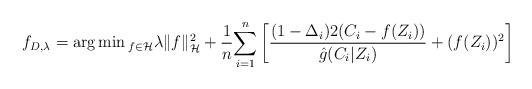
LaTeX: \begin{align*}f_{D,\lambda}=\arg\min{}_{f\in\mathcal{H}}\lambda\|f\|_{\mathcal{H}}^{2}+\frac{1}{n}{\displaystyle \sum_{i=1}^{n}}\left[\frac{(1-\Delta_{i})2(C_{i}-f(Z_{i}))}{\hat{g}(C_{i}|Z_{i})}+(f(Z_{i}))^{2}\right]\end{align*}